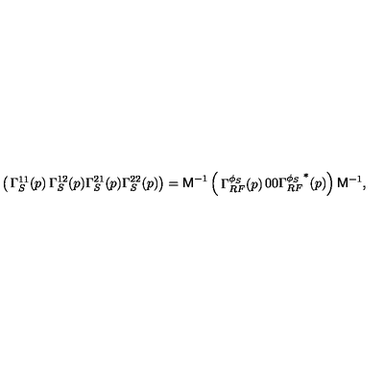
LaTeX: \left( \begin{matrix} { \Gamma _ { S } ^ { 1 1 } ( p ) } & { \Gamma _ { S } ^ { 1 2 } ( p ) } \\ { \Gamma _ { S } ^ { 2 1 } ( p ) } & { \Gamma _ { S } ^ { 2 2 } ( p ) } \\ \end{matrix} \right) = { \bf \sf M } ^ { - 1 } \left( \begin{matrix} { \Gamma _ { R F } ^ { \phi _ { S } } ( p ) } & { 0 } \\ { 0 } & { { \Gamma _ { R F } ^ { \phi _ { S } } } ^ { * } ( p ) } \\ \end{matrix} \right) { \bf \sf M } ^ { - 1 } ,